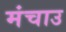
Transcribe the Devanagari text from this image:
मंचाउ